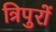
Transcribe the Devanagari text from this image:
त्रिपुरों